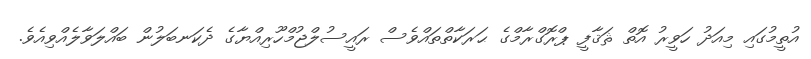
އުތީމުގައި މިއަދު ހަވީރު އޮތް ޘަޤާފީ ޕްރޮގްރާމްގެ ޙަރަކާތްތައްވެސް ރައީސުލްޖުމްހޫރިއްޔާގެ ދެކަނބަލުން ބައްލަވާލެއްވިއެވެ.